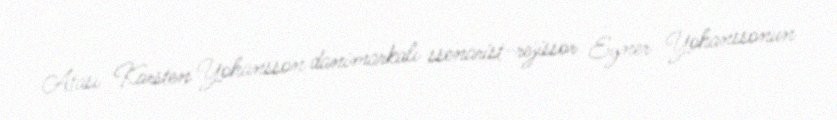
Atası Karsten Yohansson danimarkalı ssenarist-rejissor Eyner Yohanssonun